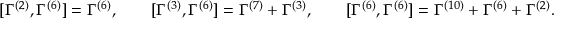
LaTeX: [ \Gamma ^ { ( 2 ) } , \Gamma ^ { ( 6 ) } ] = \Gamma ^ { ( 6 ) } , \qquad [ \Gamma ^ { ( 3 ) } , \Gamma ^ { ( 6 ) } ] = \Gamma ^ { ( 7 ) } + \Gamma ^ { ( 3 ) } , \qquad [ \Gamma ^ { ( 6 ) } , \Gamma ^ { ( 6 ) } ] = \Gamma ^ { ( 1 0 ) } + \Gamma ^ { ( 6 ) } + \Gamma ^ { ( 2 ) } .